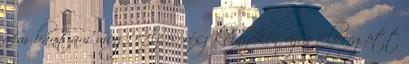
nem bántam meg. Az 5. rész környékén újra felpörgött